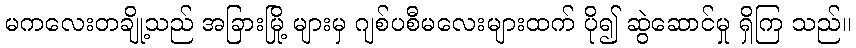
မကလေးတချို့သည် အခြားမြို့ များမှ ဂျစ်ပစီမလေးများထက် ပို၍ ဆွဲဆောင်မှု ရှိကြ သည်။